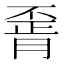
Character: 𦝽